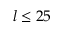
l \le 2 5